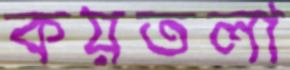
কয়তলা